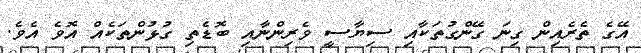
އޭގެ ތެރެއިން ގިނަ ގޭންގުތަކާއި ސިޔާސީ ވެރިންނާއި ބޮޑެތި ގުޅުންތަކެއް އޮވެ އެވެ.